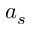
a _ { s }